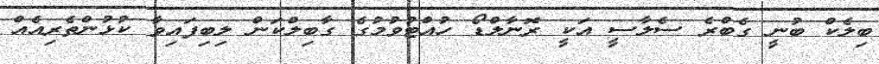
ބިލެކް ބުނީ ގެބްރެ ސެލާސީ އަކީ ރޮނާލްޑޯ ހުއްޓުވުމުގެ ގާބިލްކަން ލިބިފައިވާ ކުޅުންތެރިއެއް